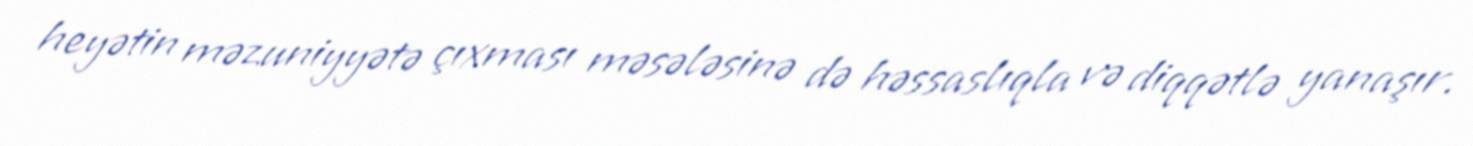
heyətin məzuniyyətə çıxması məsələsinə də həssaslıqla və diqqətlə yanaşır.